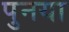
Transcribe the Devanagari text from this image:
पुनया